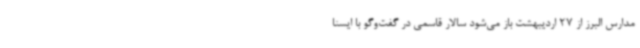
مدارس البرز از 27 اردیبهشت باز می‌شود سالار قاسمی در گفت‌وگو با ایسنا